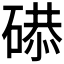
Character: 𥔸